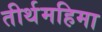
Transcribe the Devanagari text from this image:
तीर्थमहिमा